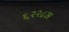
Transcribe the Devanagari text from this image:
६२२८अ